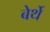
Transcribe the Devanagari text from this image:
बेर्थे